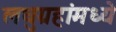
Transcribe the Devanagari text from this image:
लघुग्रहांमध्ये